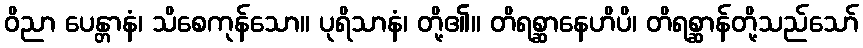
ဝိညာ ပေန္တာနံ၊ သိစေကုန်သော။ ပုရိသာနံ၊ တို့၏။ တိရစ္ဆာနေဟိပိ၊ တိရစ္ဆာန်တို့သည်သော်